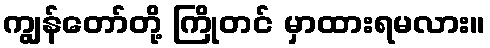
ကျွန်တော်တို့ ကြိုတင် မှာထားရမလား။